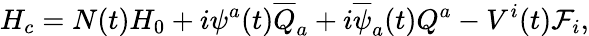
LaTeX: H_{c}=N(t)H_{0}+i\psi^{a}(t)\overline{{{Q}}}_{a}+i\overline{{{\psi}}}_{a}(t)Q^{a}-V^{i}(t){\cal F}_{i},